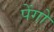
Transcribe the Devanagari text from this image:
पेंगो